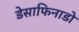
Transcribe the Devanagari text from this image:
डेसाफिनाडो